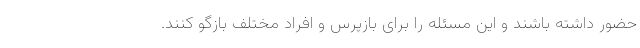
حضور داشته باشند و این مسئله را برای بازپرس و افراد مختلف بازگو کنند.